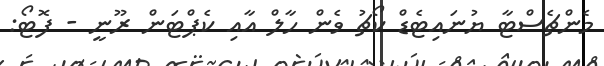
މެންޗެސްޓާ ޔުނައިޓެޑް ކޯޗު ވެން ހާލް އާއި ކެޕްޓަން ރޫނީ - ފޮޓޯ: